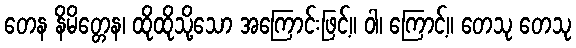
တေန နိမိတ္တေန၊ ထိုထိုသို့သော အကြောင်းဖြင့်။ ဝါ၊ ကြောင့်။ တေသု တေသု